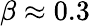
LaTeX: \beta\approx 0.3